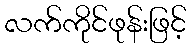
လက်ကိုင်ဖုန်းဖြင့်